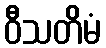
ဝီသတိမံ